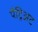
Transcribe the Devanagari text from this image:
पैट्रिअट